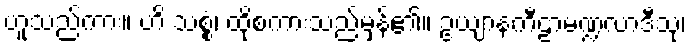
ဟူသည်ကား။ ဟိ သစ္စံ၊ ထိုစကားသည်မှန်၏။ ဥယျာနကီဠာမဏ္ဍလာဒီသု၊